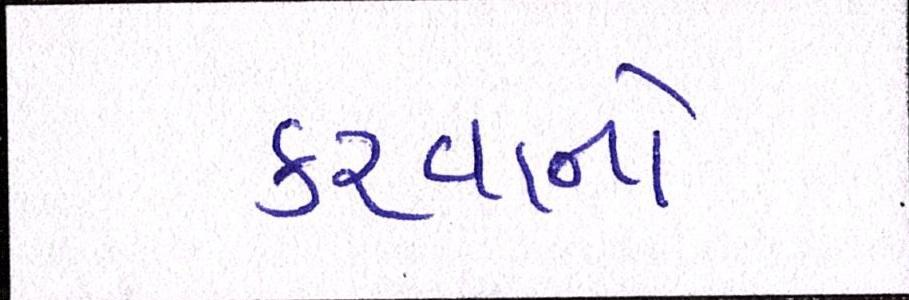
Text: કરવાનો